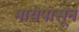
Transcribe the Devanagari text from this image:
मायेपासून